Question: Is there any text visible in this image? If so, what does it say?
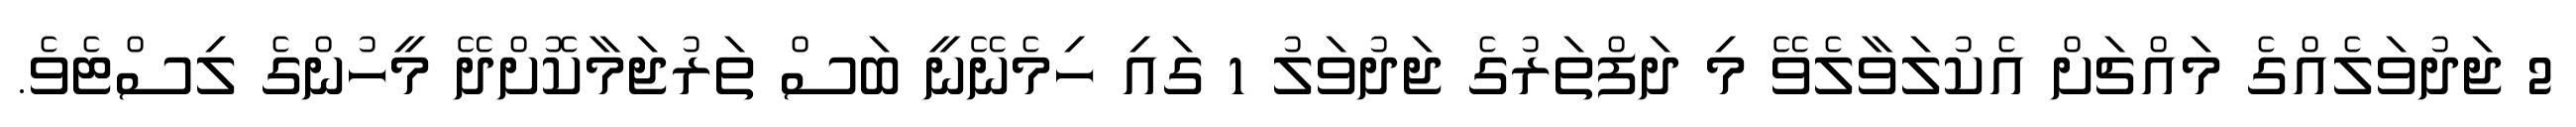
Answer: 2 ޖަދުވަލެއްގެ މައްޗަށް އެކުލަވާލެވޭ މި ދަފްތަރުގެ ޖަދުވަލު 1 ގައި ހިމެނޭނީ ބަސް ތަރުޖަމާކޮށްދޭ މީހުންގެ ލިސްޓެވެ.